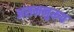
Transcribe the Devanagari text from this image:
असमनुरूप